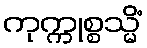
ကုက္ကုစ္စသ္မိံ